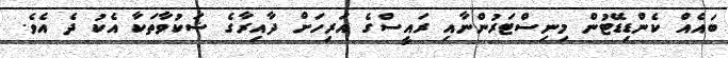
ބައެއް ކެންޑިޑޭޓުން މިނިސްޓަރުންނާއި ރައީސްގެ އަރިހަށް ދާއިރާގެ ޝަކުވާތަކާ އެކު ދެ އެވެ.